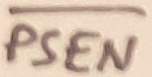
Text: PSEN